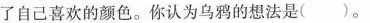
了自己喜欢的颜色。你认为乌鸦的想法是()。